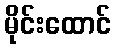
မိုင်းထောင်